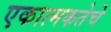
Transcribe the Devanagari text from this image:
एकात्मकतेचे